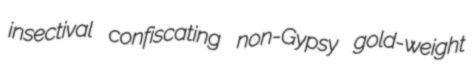
insectival confiscating non-Gypsy gold-weight